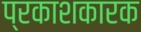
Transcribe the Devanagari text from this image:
प्रकाशकारक